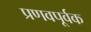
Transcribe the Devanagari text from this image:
प्रणवपूर्वक